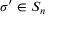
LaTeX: \sigma ^ { \prime } \in S _ { n }